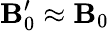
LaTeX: {\mathbf B_{0}^{\prime}\approx\mathbf B_{0}}